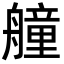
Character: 艟